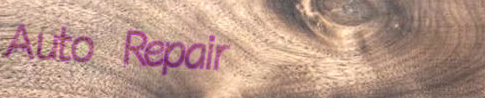
Auto Repair